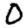
Digit: 0